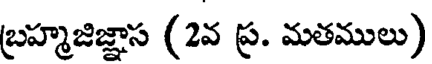
బ్రహ్మజిజ్ఞాస (2వ ప్ర. మతములు)